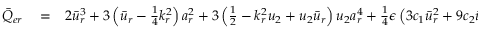
\begin{array} { r l r } { \bar { Q } _ { e r } } & { { } = } & { 2 \bar { u } _ { r } ^ { 3 } + 3 \left( \bar { u } _ { r } - \frac { 1 } { 4 } k _ { r } ^ { 2 } \right) a _ { r } ^ { 2 } + 3 \left( \frac { 1 } { 2 } - k _ { r } ^ { 2 } u _ { 2 } + u _ { 2 } \bar { u } _ { r } \right) u _ { 2 } a _ { r } ^ { 4 } + \frac { 1 } { 4 } \epsilon \left( 3 c _ { 1 } \bar { u } _ { r } ^ { 2 } + 9 c _ { 2 } \bar { u } _ { r } ^ { 2 } \right. } \end{array}